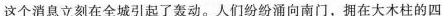
这个消息立刻在全城引起了轰动。人们纷纷涌向南门，据在大木柱的四